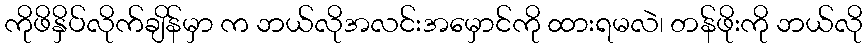
ကိုဖိနှိပ်လိုက်ချိန်မှာ က ဘယ်လိုအလင်းအမှောင်ကို ထားရမလဲ၊ တန်ဖိုးကို ဘယ်လို